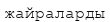
жайраларды